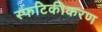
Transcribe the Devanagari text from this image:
स्फटिकीकरण